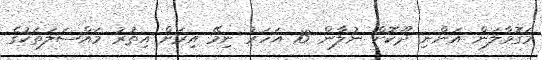
މަގޮވާލަން އަންނި ދޫކޮށް ނުލާން. 13 އަހަރު ނިމޭ އިރަށް އިތުރު މައްސަލަތަކުގެ